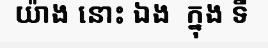
យ៉ាង នោះ ឯង  ក្នុង ទី